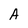
Character: A